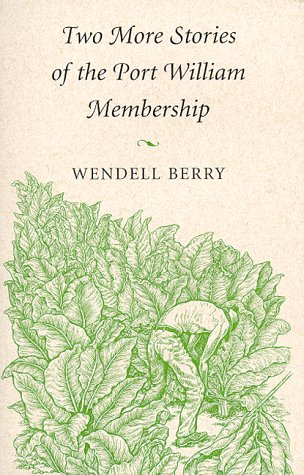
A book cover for Two More Stories of the Port William Membership (Gnomon Chapbook Series); Wendell Berry; Literature & Fiction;